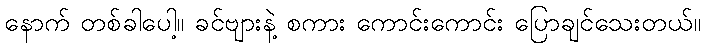
နောက် တစ်ခါပေါ့။ ခင်ဗျားနဲ့ စကား ကောင်းကောင်း ပြောချင်သေးတယ်။